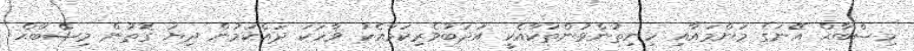
މިޞްބާޙް އޭނަގެ މަންމައާއި ހިނިތުންވުންތަކާއެކީ އަދަބުވެރިކަމާއެކު ވާހަކަ ދައްކަމުން ދިޔަ ގޮތުން މިޞްބާޙް